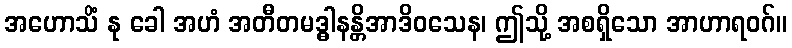
အဟောသိံ နု ခေါ အဟံ အတီတမဒ္ဓါနန္တိအာဒိဝသေန၊ ဤသို့ အစရှိသော အာဟာရဝဂ်။